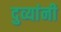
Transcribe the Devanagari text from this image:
दुव्यांनी